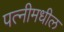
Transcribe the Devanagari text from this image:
पत्नीमधील